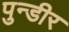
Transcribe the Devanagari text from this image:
पुन्डीर